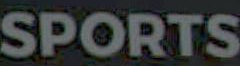
SPORTS